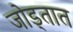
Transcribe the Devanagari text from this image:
जोड्तात